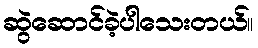
ဆွဲဆောင်ခဲ့ပါသေးတယ်။